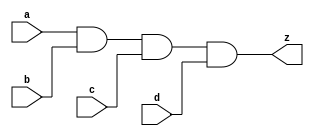
//#############################################################################
//# Function: 4 Input And Gate                                                #
//#                                                                           #
//# Copyright: OH Project Authors. ALl rights Reserved.                       #
//# License:  MIT (see LICENSE file in OH repository)                         # 
//#############################################################################

module oh_and4 #(parameter DW = 1 ) // array width
   (
    input [DW-1:0]  a,
    input [DW-1:0]  b,
    input [DW-1:0]  c,
    input [DW-1:0]  d, 
    output [DW-1:0] z
    );
   
   assign z = (a&b&c&d);
   
endmodule